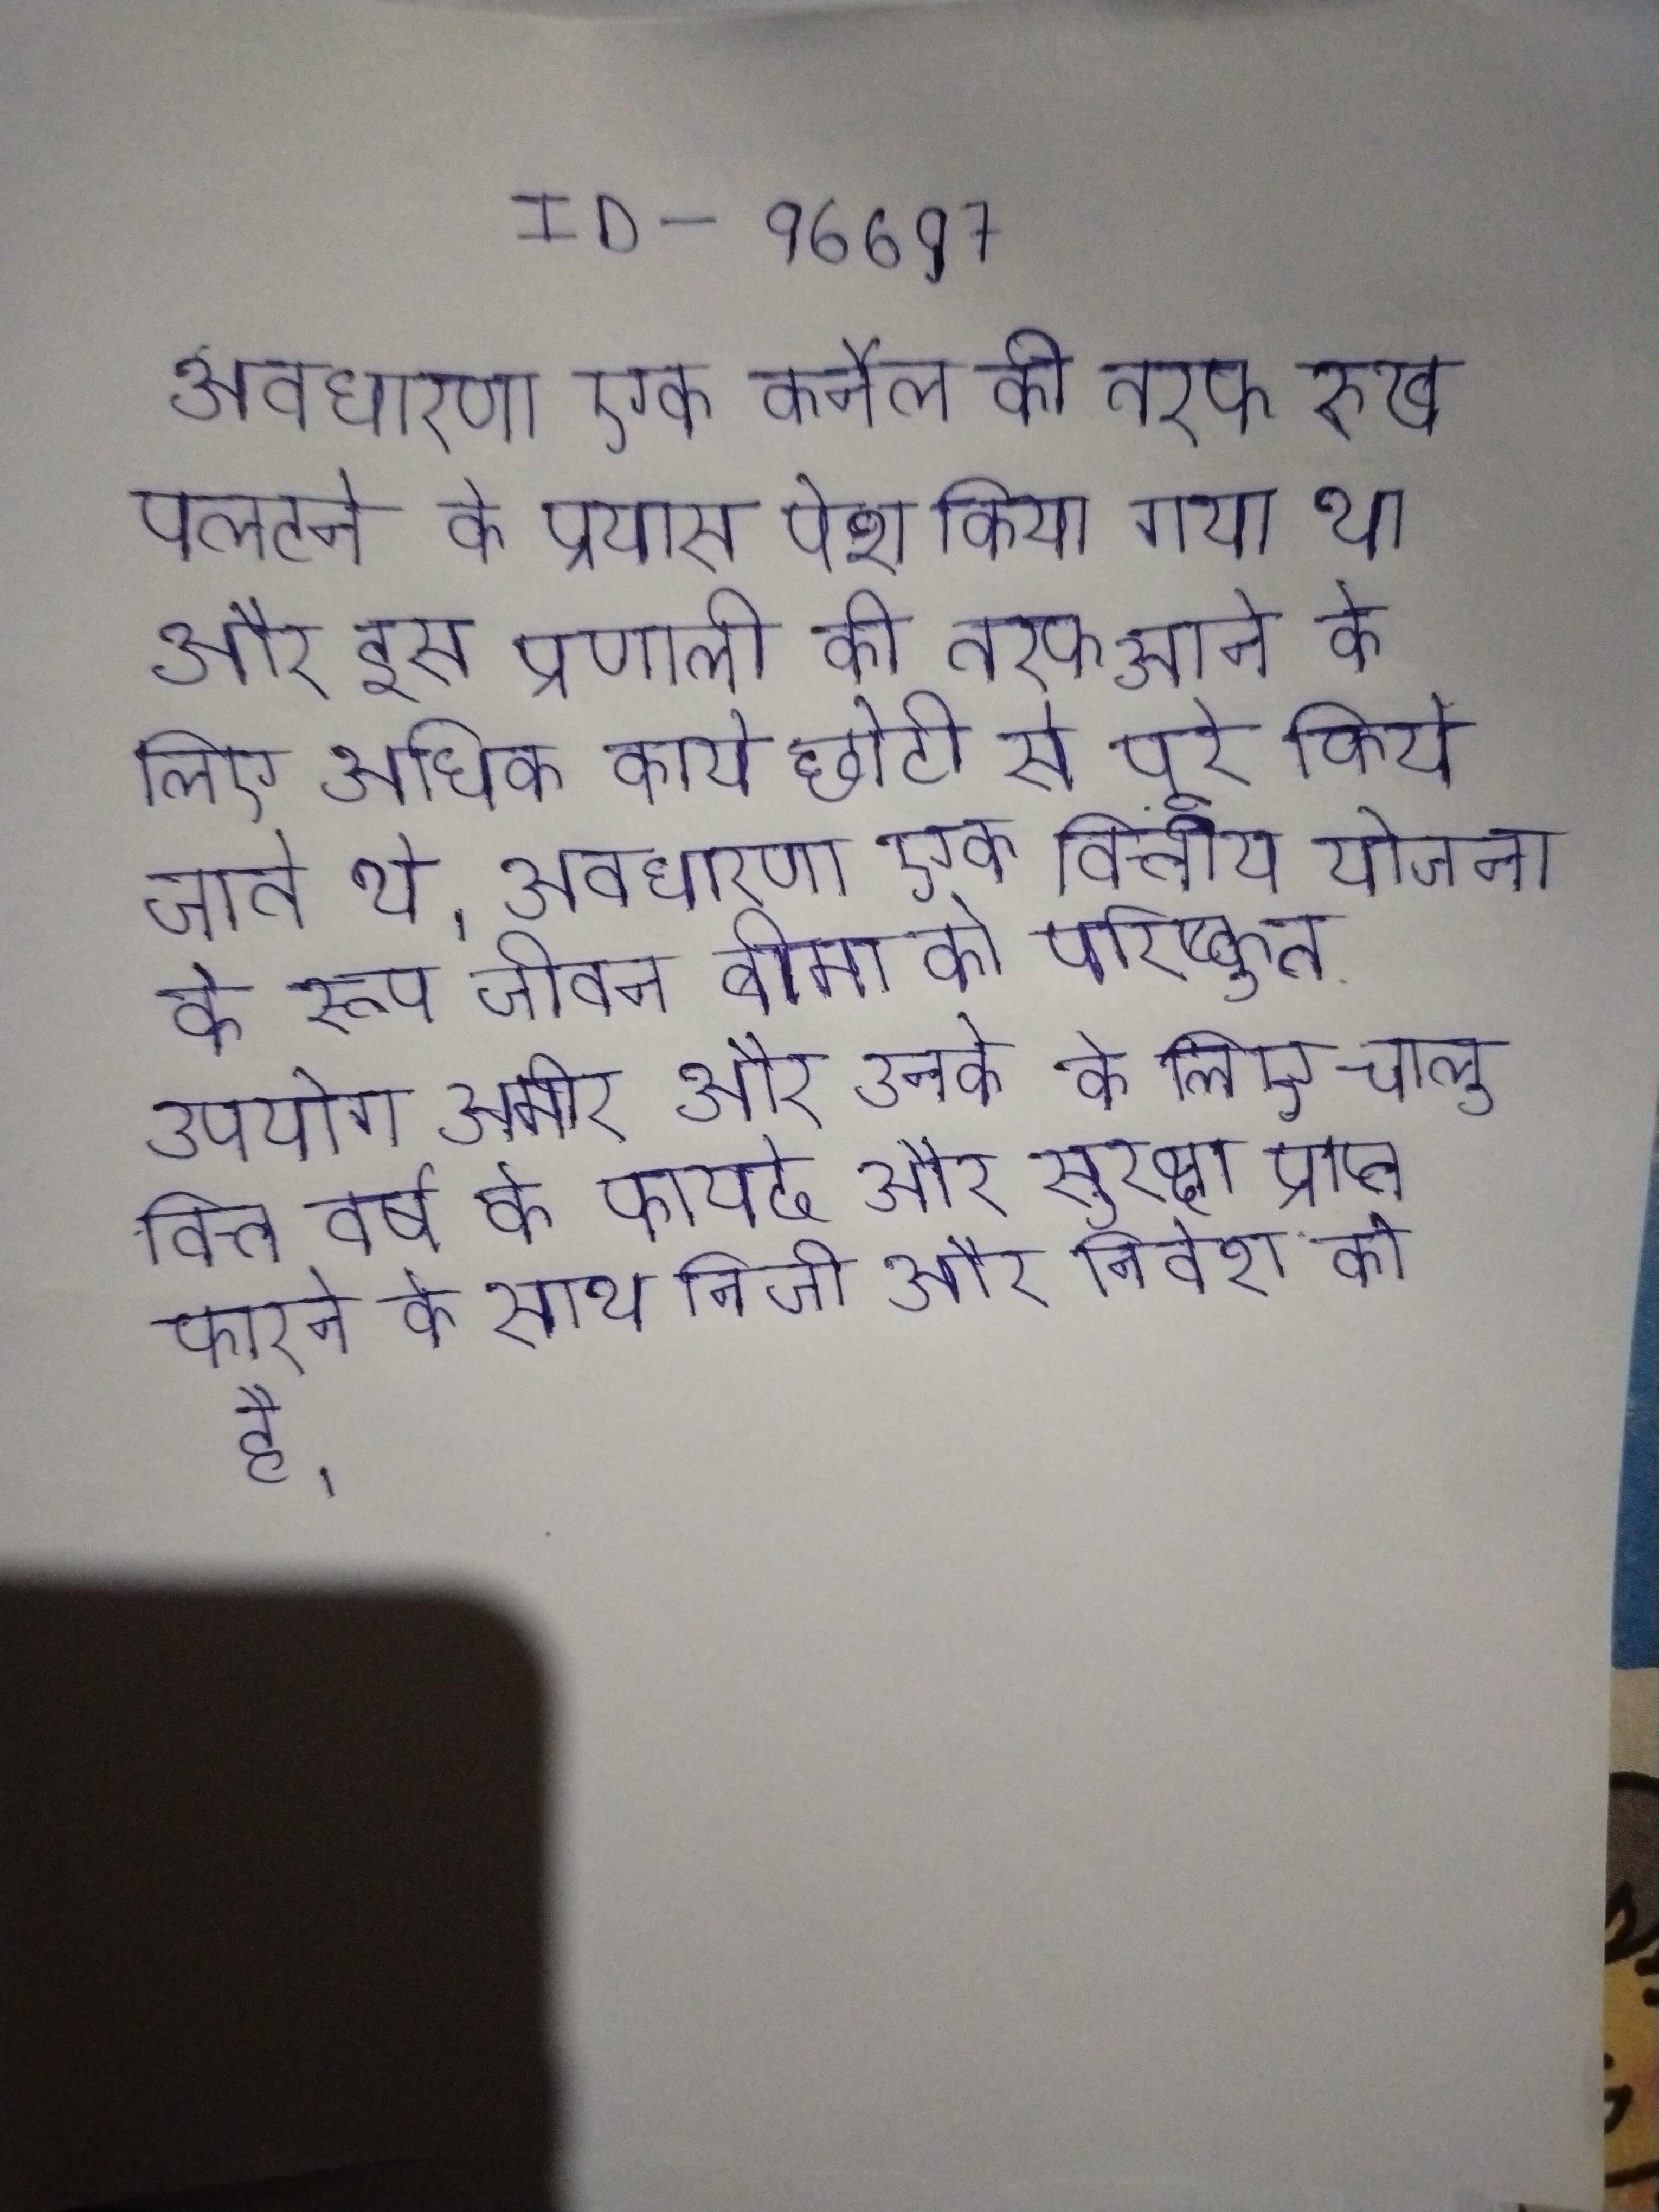
अवधारणा एक कर्नेल की तरफ रुख पलटने के प्रयास पेश किया गया था और इस प्रणाली की तरफ आने के लिए अधिक कार्य छोटी से पूरे किये जाते थे । अवधारणा एक वित्तीय योजना के रूप जीवन बीमा के परिष्कृत उपयोग अमीर और उनके के लिए चालू वित्त वर्ष के फायदे और सुरक्षा प्राप्त करने के साथ निजी और निवेश को है ।